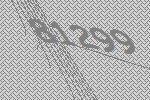
81299